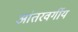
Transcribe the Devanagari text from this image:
आंतरवर्गीय